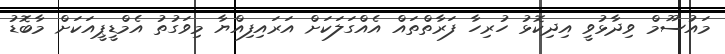
މައުސޫމް ވިދާޅުވީ އިދިކޮޅު ހުރިހާ ފަރާތްތައް އެއްގަލަކަށް އަރައިފިއްޔާ މިވަގުތު އެމްޑީޕީއަކަށް މާބޮޑު